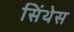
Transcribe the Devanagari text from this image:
सिंथेस